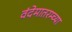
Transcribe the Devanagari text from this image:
वंदेमातरम्च्या